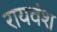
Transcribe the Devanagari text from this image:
रायवंश